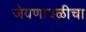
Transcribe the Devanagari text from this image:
जेवणावळीचा